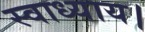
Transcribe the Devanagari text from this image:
स्वाध्याय।